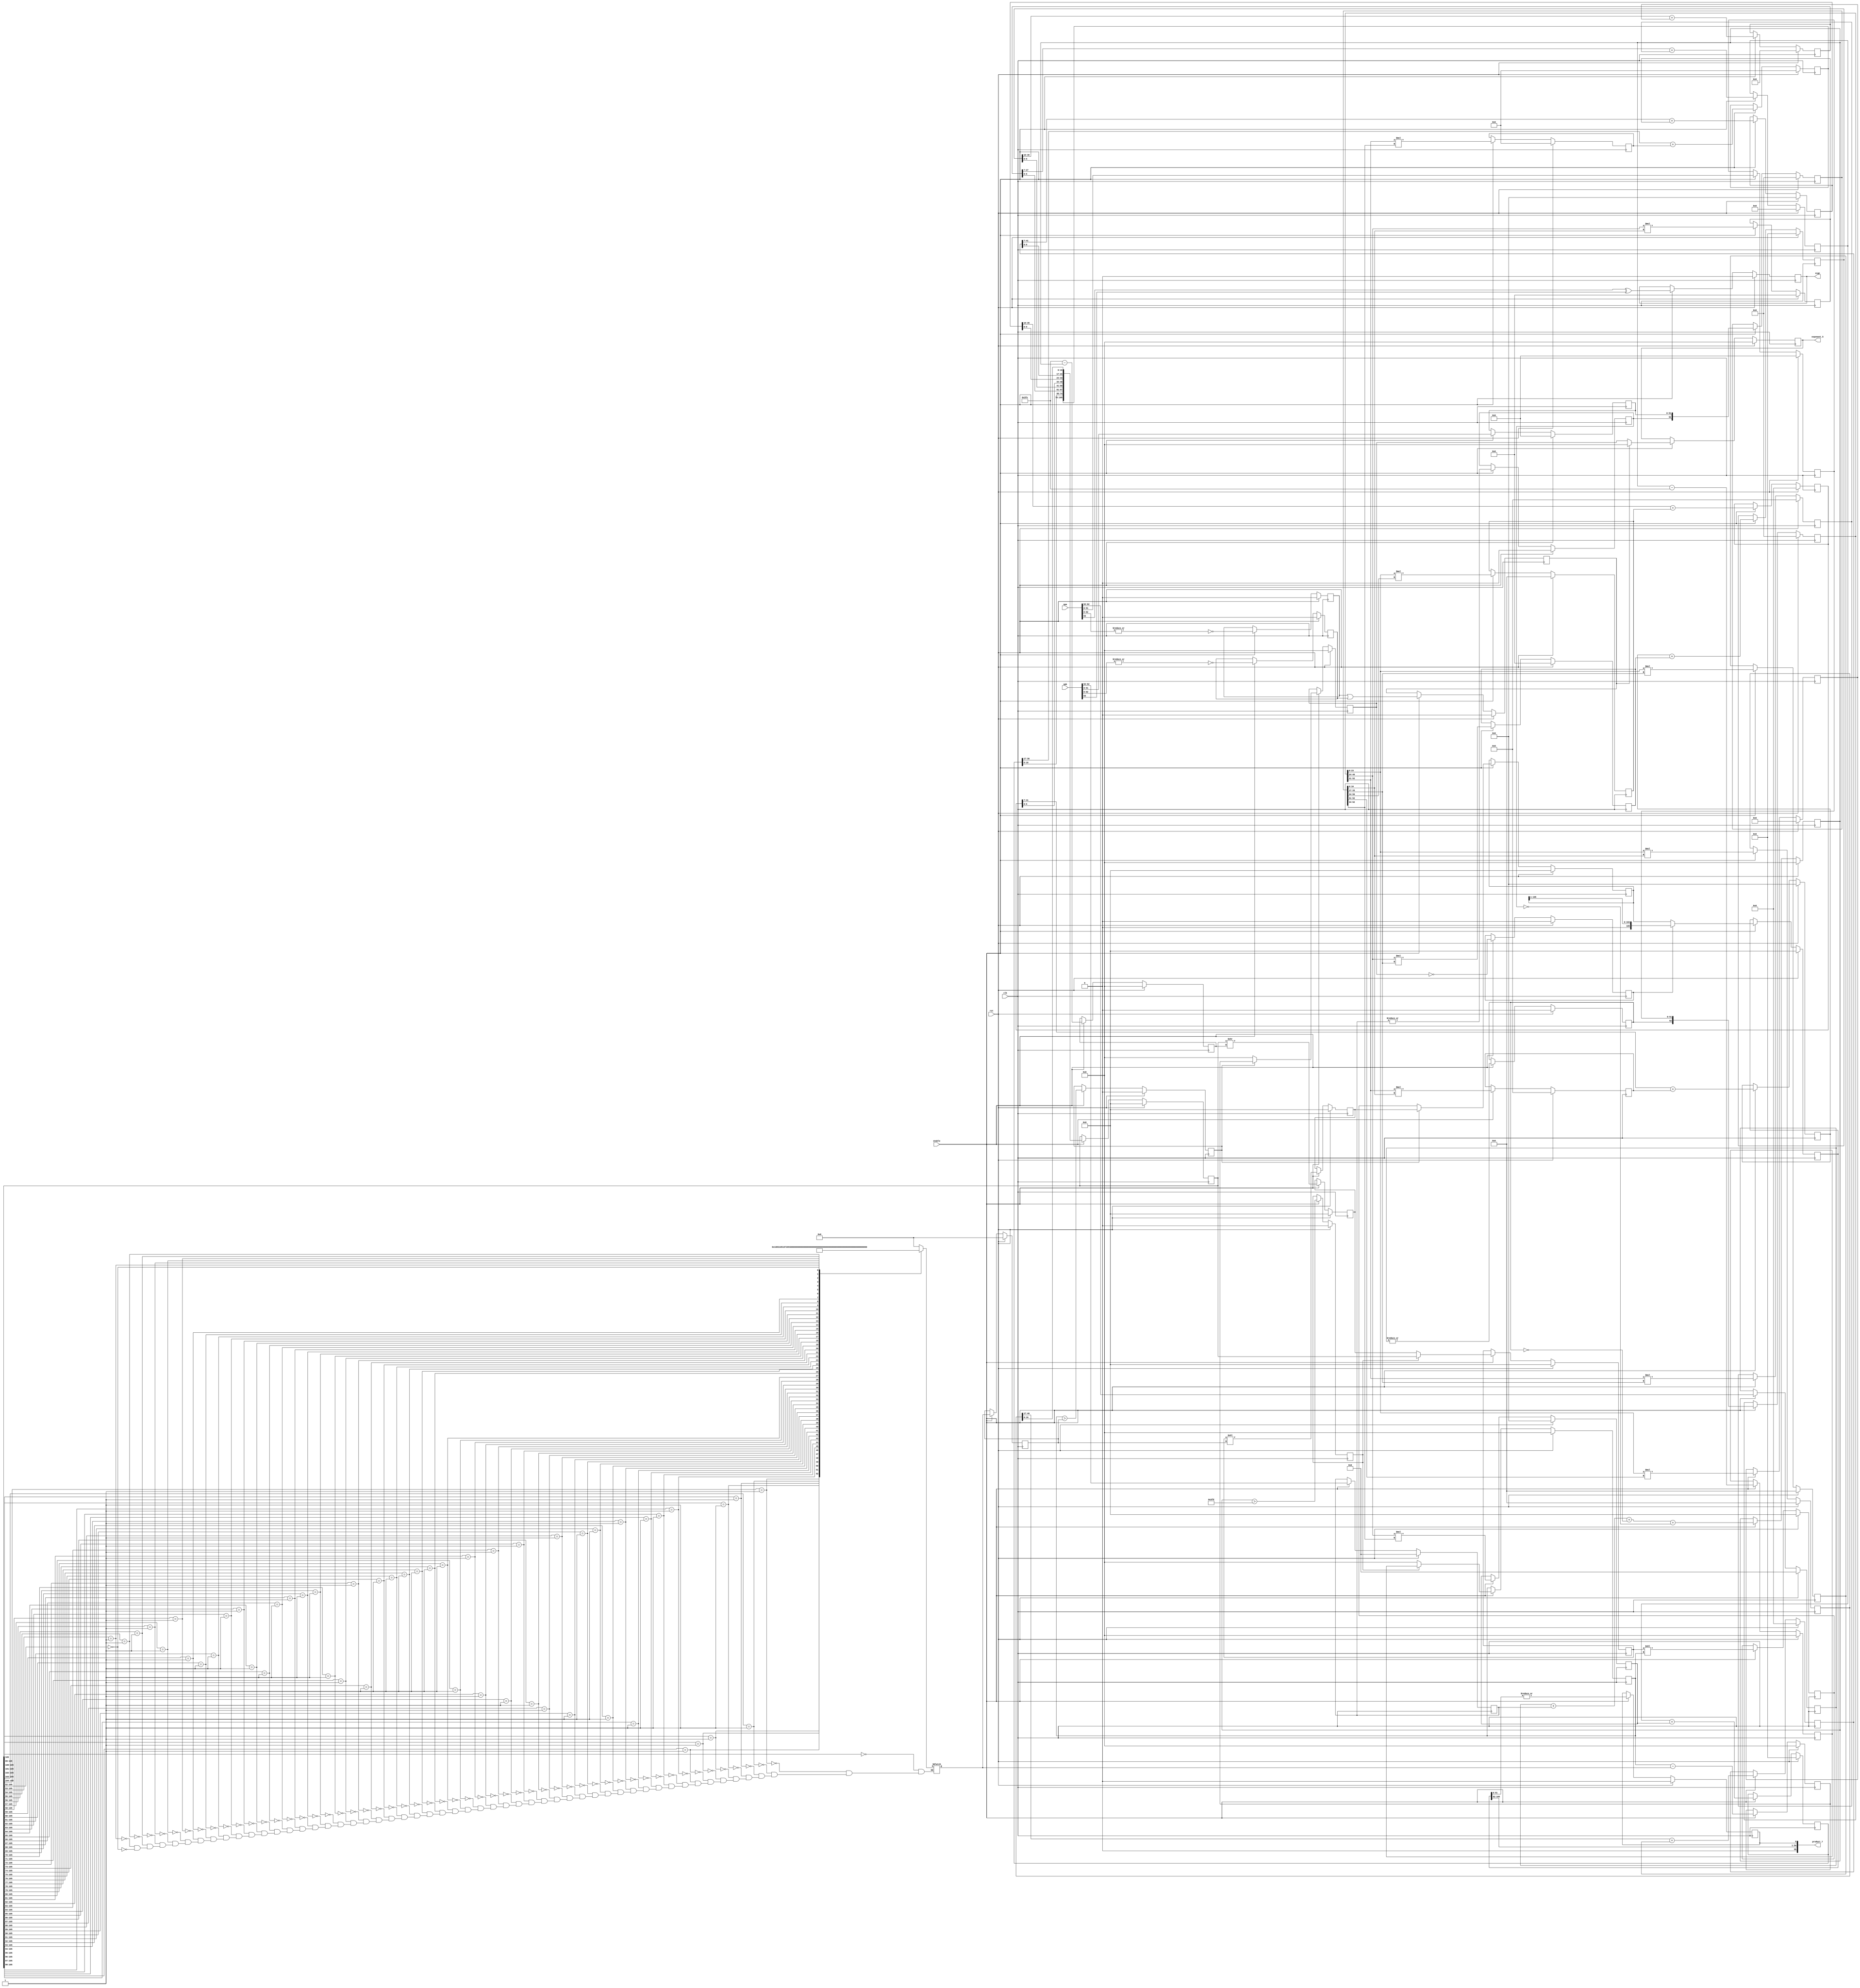
/////////////////////////////////////////////////////////////////////
////                                                             ////
////  FPU                                                        ////
////  Floating Point Unit (Double precision)                     ////
////                                                             ////
////          davidklun@gmail.com                                ////
////                                                             ////
/////////////////////////////////////////////////////////////////////
////                                                             ////
//// Copyright (C) 2009 David Lundgren                           ////
////                  davidklun@gmail.com                        ////
////                                                             ////
//// This source file may be used and distributed without        ////
//// restriction provided that this copyright statement is not   ////
//// removed from the file and that any derivative work contains ////
//// the original copyright notice and the associated disclaimer.////
////                                                             ////
////     THIS SOFTWARE IS PROVIDED ``AS IS'' AND WITHOUT ANY     ////
//// EXPRESS OR IMPLIED WARRANTIES, INCLUDING, BUT NOT LIMITED   ////
//// TO, THE IMPLIED WARRANTIES OF MERCHANTABILITY AND FITNESS   ////
//// FOR A PARTICULAR PURPOSE. IN NO EVENT SHALL THE AUTHOR      ////
//// OR CONTRIBUTORS BE LIABLE FOR ANY DIRECT, INDIRECT,         ////
//// INCIDENTAL, SPECIAL, EXEMPLARY, OR CONSEQUENTIAL DAMAGES    ////
//// (INCLUDING, BUT NOT LIMITED TO, PROCUREMENT OF SUBSTITUTE   ////
//// GOODS OR SERVICES; LOSS OF USE, DATA, OR PROFITS; OR        ////
//// BUSINESS INTERRUPTION) HOWEVER CAUSED AND ON ANY THEORY OF  ////
//// LIABILITY, WHETHER IN  CONTRACT, STRICT LIABILITY, OR TORT  ////
//// (INCLUDING NEGLIGENCE OR OTHERWISE) ARISING IN ANY WAY OUT  ////
//// OF THE USE OF THIS SOFTWARE, EVEN IF ADVISED OF THE         ////
//// POSSIBILITY OF SUCH DAMAGE.                                 ////
////                                                             ////
/////////////////////////////////////////////////////////////////////


`timescale 1ns / 100ps

module fpu_mul( clk, rst, enable, opa, opb, sign, product_7, exponent_5);
input		clk;
input		rst;
input		enable;
input	[63:0]	opa, opb;
output		sign;
output  [55:0] product_7;
output  [11:0] exponent_5;

reg [5:0] 	product_shift;
reg [5:0] 	product_shift_2;


reg   sign;
reg   [51:0] mantissa_a;
reg   [51:0] mantissa_b;
reg   [10:0] exponent_a;
reg   [10:0] exponent_b;
reg		a_is_norm;
reg		b_is_norm;
reg		a_is_zero; 
reg		b_is_zero; 
reg		in_zero;
reg   [11:0] exponent_terms;
reg    exponent_gt_expoffset;
reg   [11:0] exponent_under;
reg   [11:0] exponent_1;
wire   [11:0] exponent = 0;
reg   [11:0] exponent_2;
reg   exponent_gt_prodshift;
reg   [11:0] exponent_3;
reg   [11:0] exponent_4;
reg  exponent_et_zero;
reg   [52:0] mul_a;
reg   [52:0] mul_b;
reg		[40:0] product_a;
reg		[40:0] product_b;
reg		[40:0] product_c;
reg		[25:0] product_d;
reg		[33:0] product_e;
reg		[33:0] product_f;
reg		[35:0] product_g;
reg		[28:0] product_h;
reg		[28:0] product_i;
reg		[30:0] product_j;
reg		[41:0] sum_0;
reg		[35:0] sum_1;
reg		[41:0] sum_2;
reg		[35:0] sum_3;
reg		[36:0] sum_4;
reg		[27:0] sum_5;
reg		[29:0] sum_6;
reg		[36:0] sum_7;
reg		[30:0] sum_8;
reg   [105:0] product;
reg   [105:0] product_1;
reg   [105:0] product_2;
reg   [105:0] product_3;
reg   [105:0] product_4; 
reg   [105:0] product_5;
reg   [105:0] product_6;
reg		product_lsb; // if there are any 1's in the remainder
wire  [55:0] product_7 =  { 1'b0, product_6[105:52], product_lsb }; 
reg  [11:0] exponent_5;		

always @(posedge clk) 
begin
	if (rst) begin
		sign <= 0;
		mantissa_a <= 0;
		mantissa_b <= 0;
		exponent_a <= 0;
		exponent_b <= 0;
		a_is_norm <= 0;
		b_is_norm <= 0;
		a_is_zero <= 0; 
		b_is_zero <= 0; 
		in_zero <= 0;
		exponent_terms <= 0;
		exponent_gt_expoffset <= 0;
		exponent_under <= 0;
		exponent_1 <= 0; 
		exponent_2 <= 0;
		exponent_gt_prodshift <= 0;
		exponent_3 <= 0;
		exponent_4 <= 0;
		exponent_et_zero <= 0;
		mul_a <= 0; 
		mul_b <= 0;
		product_a <= 0;
		product_b <= 0;
		product_c <= 0;
		product_d <= 0;
		product_e <= 0;
		product_f <= 0;
		product_g <= 0;
		product_h <= 0;
		product_i <= 0;
		product_j <= 0;
		sum_0 <= 0;
		sum_1 <= 0;
		sum_2 <= 0;
		sum_3 <= 0;
		sum_4 <= 0;
		sum_5 <= 0;
		sum_6 <= 0;
		sum_7 <= 0;
		sum_8 <= 0;
		product <= 0;
		product_1 <= 0;
		product_2 <= 0; 
		product_3 <= 0;
		product_4 <= 0;
		product_5 <= 0; 
		product_6 <= 0;
		product_lsb <= 0;
		exponent_5 <= 0;
		product_shift_2 <= 0;
	end
	else if (enable) begin
		sign <= opa[63] ^ opb[63];
		mantissa_a <= opa[51:0];
		mantissa_b <= opb[51:0];
		exponent_a <= opa[62:52];
		exponent_b <= opb[62:52];
		a_is_norm <= |exponent_a;
		b_is_norm <= |exponent_b;
		a_is_zero <= !(|opa[62:0]); 
		b_is_zero <= !(|opb[62:0]); 
		in_zero <= a_is_zero | b_is_zero;
		exponent_terms <= exponent_a + exponent_b + !a_is_norm + !b_is_norm;
		exponent_gt_expoffset <= exponent_terms > 1021;
		exponent_under <= 1022 - exponent_terms;
		exponent_1 <= exponent_terms - 1022; 
		exponent_2 <= exponent_gt_expoffset ? exponent_1 : exponent;
		exponent_gt_prodshift <= exponent_2 > product_shift_2;
		exponent_3 <= exponent_2 - product_shift;
		exponent_4 <= exponent_gt_prodshift ? exponent_3 : exponent;
		exponent_et_zero <= exponent_4 == 0;
		mul_a <= { a_is_norm, mantissa_a };
		mul_b <= { b_is_norm, mantissa_b };
		product_a <= mul_a[23:0] * mul_b[16:0];
		product_b <= mul_a[23:0] * mul_b[33:17];
		product_c <= mul_a[23:0] * mul_b[50:34];
		product_d <= mul_a[23:0] * mul_b[52:51];
		product_e <= mul_a[40:24] * mul_b[16:0];
		product_f <= mul_a[40:24] * mul_b[33:17];
		product_g <= mul_a[40:24] * mul_b[52:34];
		product_h <= mul_a[52:41] * mul_b[16:0];
		product_i <= mul_a[52:41] * mul_b[33:17];
		product_j <= mul_a[52:41] * mul_b[52:34];
		sum_0 <= product_a[40:17] + product_b;
		sum_1 <= sum_0[41:7] + product_e;
		sum_2 <= sum_1[35:10] + product_c;
		sum_3 <= sum_2[41:7] + product_h;
		sum_4 <= sum_3 + product_f;
		sum_5 <= sum_4[36:10] + product_d;
		sum_6 <= sum_5[27:7] + product_i;
		sum_7 <= sum_6 + product_g;
		sum_8 <= sum_7[36:17] + product_j;
		product <= { sum_8, sum_7[16:0], sum_5[6:0], sum_4[9:0], sum_2[6:0],
					sum_1[9:0], sum_0[6:0], product_a[16:0] };
		product_1 <= product >> exponent_under;
		product_2 <= exponent_gt_expoffset ? product : product_1; 
		product_3 <= product_2 << product_shift_2;
		product_4 <= product_2 << exponent_2;
		product_5 <= exponent_gt_prodshift ? product_3  : product_4;
		product_6 <= exponent_et_zero ? product_5 >> 1 : product_5;
		product_lsb <= |product_6[51:0];
		exponent_5 <= in_zero ? 12'b0 : exponent_4;
		product_shift_2 <= product_shift; // redundant register
			// reduces fanout on product_shift
	end
end

always @(product)
   casex(product)	
    106'b1?????????????????????????????????????????????????????????????????????????????????????????????????????????: product_shift <=  0;
	106'b01????????????????????????????????????????????????????????????????????????????????????????????????????????: product_shift <=  1;
	106'b001???????????????????????????????????????????????????????????????????????????????????????????????????????: product_shift <=  2;
	106'b0001??????????????????????????????????????????????????????????????????????????????????????????????????????: product_shift <=  3;
	106'b00001?????????????????????????????????????????????????????????????????????????????????????????????????????: product_shift <=  4;
	106'b000001????????????????????????????????????????????????????????????????????????????????????????????????????: product_shift <=  5;
	106'b0000001???????????????????????????????????????????????????????????????????????????????????????????????????: product_shift <=  6;
	106'b00000001??????????????????????????????????????????????????????????????????????????????????????????????????: product_shift <=  7;
	106'b000000001?????????????????????????????????????????????????????????????????????????????????????????????????: product_shift <=  8;
	106'b0000000001????????????????????????????????????????????????????????????????????????????????????????????????: product_shift <=  9;
	106'b00000000001???????????????????????????????????????????????????????????????????????????????????????????????: product_shift <=  10;
	106'b000000000001??????????????????????????????????????????????????????????????????????????????????????????????: product_shift <=  11;
	106'b0000000000001?????????????????????????????????????????????????????????????????????????????????????????????: product_shift <=  12;
	106'b00000000000001????????????????????????????????????????????????????????????????????????????????????????????: product_shift <=  13;
	106'b000000000000001???????????????????????????????????????????????????????????????????????????????????????????: product_shift <=  14;
	106'b0000000000000001??????????????????????????????????????????????????????????????????????????????????????????: product_shift <=  15;
	106'b00000000000000001?????????????????????????????????????????????????????????????????????????????????????????: product_shift <=  16;
	106'b000000000000000001????????????????????????????????????????????????????????????????????????????????????????: product_shift <=  17;
	106'b0000000000000000001???????????????????????????????????????????????????????????????????????????????????????: product_shift <=  18;
	106'b00000000000000000001??????????????????????????????????????????????????????????????????????????????????????: product_shift <=  19;
	106'b000000000000000000001?????????????????????????????????????????????????????????????????????????????????????: product_shift <=  20;
	106'b0000000000000000000001????????????????????????????????????????????????????????????????????????????????????: product_shift <=  21;
	106'b00000000000000000000001???????????????????????????????????????????????????????????????????????????????????: product_shift <=  22;
	106'b000000000000000000000001??????????????????????????????????????????????????????????????????????????????????: product_shift <=  23;
	106'b0000000000000000000000001?????????????????????????????????????????????????????????????????????????????????: product_shift <=  24;
	106'b00000000000000000000000001????????????????????????????????????????????????????????????????????????????????: product_shift <=  25;
	106'b000000000000000000000000001???????????????????????????????????????????????????????????????????????????????: product_shift <=  26;
	106'b0000000000000000000000000001??????????????????????????????????????????????????????????????????????????????: product_shift <=  27;
	106'b00000000000000000000000000001?????????????????????????????????????????????????????????????????????????????: product_shift <=  28;
	106'b000000000000000000000000000001????????????????????????????????????????????????????????????????????????????: product_shift <=  29;
	106'b0000000000000000000000000000001???????????????????????????????????????????????????????????????????????????: product_shift <=  30;
	106'b00000000000000000000000000000001??????????????????????????????????????????????????????????????????????????: product_shift <=  31;
	106'b000000000000000000000000000000001?????????????????????????????????????????????????????????????????????????: product_shift <=  32;
	106'b0000000000000000000000000000000001????????????????????????????????????????????????????????????????????????: product_shift <=  33;
	106'b00000000000000000000000000000000001???????????????????????????????????????????????????????????????????????: product_shift <=  34;
	106'b000000000000000000000000000000000001??????????????????????????????????????????????????????????????????????: product_shift <=  35;
	106'b0000000000000000000000000000000000001?????????????????????????????????????????????????????????????????????: product_shift <=  36;
	106'b00000000000000000000000000000000000001????????????????????????????????????????????????????????????????????: product_shift <=  37;
	106'b000000000000000000000000000000000000001???????????????????????????????????????????????????????????????????: product_shift <=  38;
	106'b0000000000000000000000000000000000000001??????????????????????????????????????????????????????????????????: product_shift <=  39;
	106'b00000000000000000000000000000000000000001?????????????????????????????????????????????????????????????????: product_shift <=  40;
	106'b000000000000000000000000000000000000000001????????????????????????????????????????????????????????????????: product_shift <=  41;
	106'b0000000000000000000000000000000000000000001???????????????????????????????????????????????????????????????: product_shift <=  42;
	106'b00000000000000000000000000000000000000000001??????????????????????????????????????????????????????????????: product_shift <=  43;
	106'b000000000000000000000000000000000000000000001?????????????????????????????????????????????????????????????: product_shift <=  44;
	106'b0000000000000000000000000000000000000000000001????????????????????????????????????????????????????????????: product_shift <=  45;
	106'b00000000000000000000000000000000000000000000001???????????????????????????????????????????????????????????: product_shift <=  46;
	106'b000000000000000000000000000000000000000000000001??????????????????????????????????????????????????????????: product_shift <=  47;
	106'b0000000000000000000000000000000000000000000000001?????????????????????????????????????????????????????????: product_shift <=  48;
    106'b00000000000000000000000000000000000000000000000001????????????????????????????????????????????????????????: product_shift <=  49;
	106'b000000000000000000000000000000000000000000000000001???????????????????????????????????????????????????????: product_shift <=  50;
	106'b0000000000000000000000000000000000000000000000000001??????????????????????????????????????????????????????: product_shift <=  51;
	106'b00000000000000000000000000000000000000000000000000001?????????????????????????????????????????????????????: product_shift <=  52;
	106'b000000000000000000000000000000000000000000000000000000????????????????????????????????????????????????????: product_shift <=  53;
	  // It's not necessary to go past 53, because you will only get more than 53 zeros
	  // when multiplying 2 denormalized numbers together, in which case you will underflow
	endcase	

endmodule